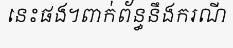
នេះផង។ពាក់ព័ន្ធនឹងករណី